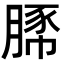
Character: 𧱔